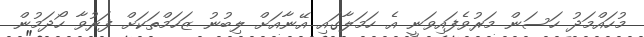
މުހައްމަދު ހަސަން މަރުވެފައިވަނީ އެ ހަމަލާގައި އޭނާއަށް ލިބުނު ޒަހަމްތަކަށް ފަރުވާ ހޯދަމުން